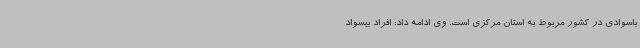
باسوادی در کشور مربوط به استان مرکزی است. وی ادامه داد: افراد بیسواد